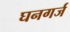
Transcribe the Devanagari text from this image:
घनगर्ज